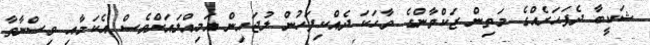
ޝަކީބާ ދެފަހަރެއްގެ މަތިން ޒަކްވާންގެ ވާހަކަ ދެއްކިފަހުން ލުޖައިން އަމިއްލައަށްވެސް އެކަމާއި ވިސްނާތާ